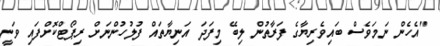
"އެހެން ނަމަވެސް ބައިވެރިޔާގެ ފަރާތުން ލިބޭ މިފަދަ އަނިޔާތައް ފުލުހުންނަށް ރިޕޯޓްކޮށްފައި ވަނީ